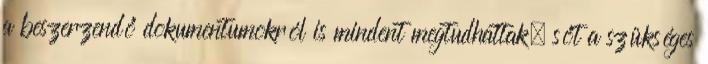
a beszerzendő dokumentumokról is mindent megtudhattak, sőt a szükséges